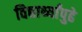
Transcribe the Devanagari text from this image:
विद्यार्थ्यांपुढे